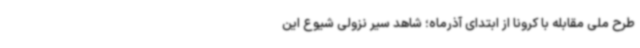
طرح ملی مقابله با کرونا از ابتدای آذرماه؛ شاهد سیر نزولی شیوع این